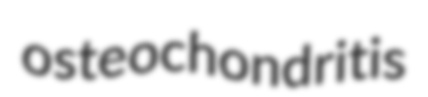
osteochondritis